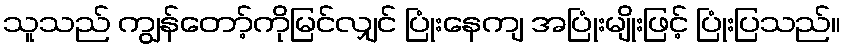
သူသည် ကျွန်တော့်ကိုမြင်လျှင် ပြုံးနေကျ အပြုံးမျိုးဖြင့် ပြုံးပြသည်။